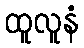
ထူလူနံ